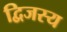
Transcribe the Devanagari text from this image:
द्विजस्य